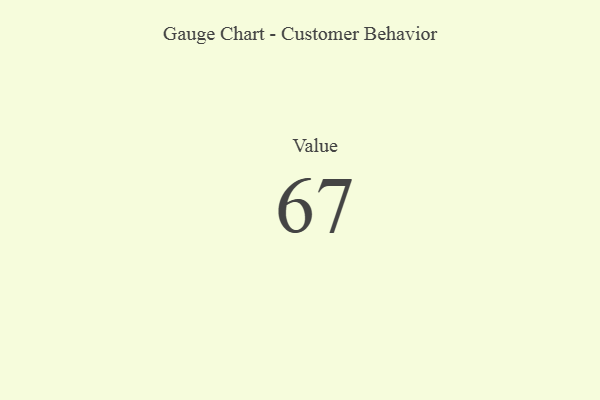
{"axis": {"x": "Metric", "y": "Value"}, "legend": [""], "data": [{"x": "Value", "y": 67, "type": ""}]}